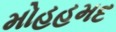
મોહહમદ